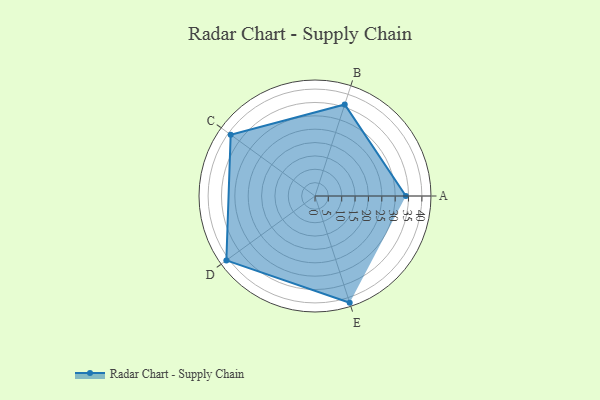
{"axis": {"x": "Skill", "y": "Score"}, "legend": ["Profile"], "data": [{"x": "A", "y": 34.0, "type": "Profile"}, {"x": "B", "y": 36.0, "type": "Profile"}, {"x": "C", "y": 39.0, "type": "Profile"}, {"x": "D", "y": 41.0, "type": "Profile"}, {"x": "E", "y": 42.0, "type": "Profile"}]}